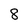
Character: 8